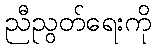
ညီညွတ်ရေးကို